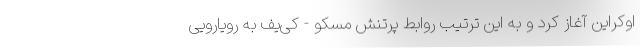
اوکراین آغاز کرد و به این ترتیب روابط پرتنش مسکو - کی‌یف به رویارویی